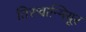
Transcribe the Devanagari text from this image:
तिरुवान्मियूर